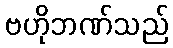
ဗဟိုဘဏ်သည်